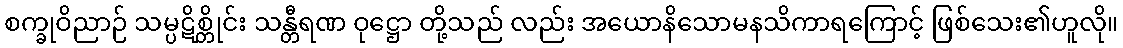
စက္ခုဝိညာဉ် သမ္ပဋိစ္တိုင်း သန္တီရဏ ဝုဋ္ဌော တို့သည် လည်း အယောနိသောမနသိကာရကြောင့် ဖြစ်သေး၏ဟူလို။